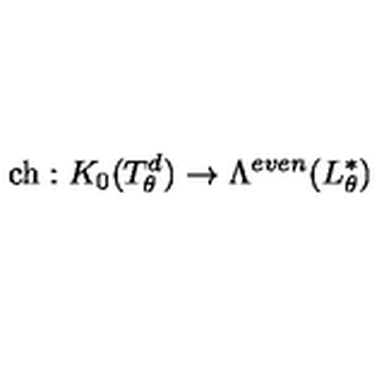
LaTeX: \mathrm { c h } : K _ { 0 } ( T _ { \theta } ^ { d } ) \to \Lambda ^ { e v e n } ( L _ { \theta } ^ { * } )